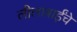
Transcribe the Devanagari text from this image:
लीलाबाईंचे